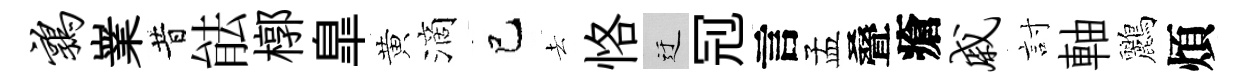
鹑嶪昔䏻槨臯黄滴巳去恪迂𠜍言孟叠瘡戚討軸鸝煩